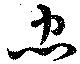
忠